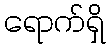
ရောက်ရှိ